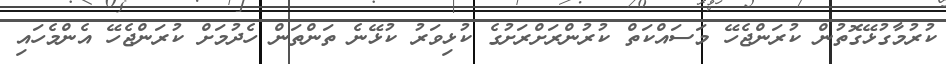
ކުރުމާގުޅޭގޮތުން ކުރަންޖެހޭ މަސައްކަތް ކުރުންރަށްރަށުގެ ކުޅިވަރު ކުޅޭނެ ތަންތަން ހެދުމަށް ކުރަންޖެހޭ އެންމެހައި